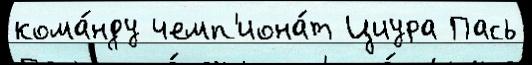
кома́нду чемп'иона́т Циура Пась